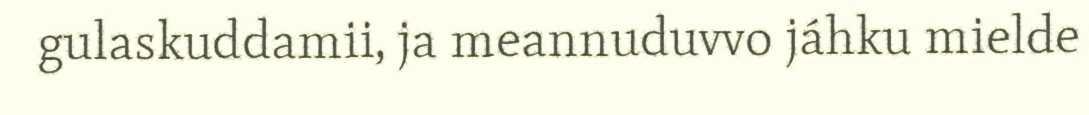
gulaskuddamii, ja meannuduvvo jáhku mielde